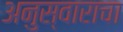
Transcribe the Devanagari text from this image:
अनुस्वाराचा